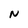
Character: N